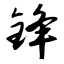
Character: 锋